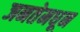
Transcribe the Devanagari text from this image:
जनतेमधून